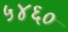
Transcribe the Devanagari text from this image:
५४६०